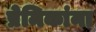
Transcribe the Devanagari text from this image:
प्रेमिकांना